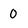
Character: 0